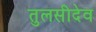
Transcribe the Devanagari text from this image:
तुलसीदेव